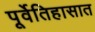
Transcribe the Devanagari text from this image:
पूर्वेतिहासात